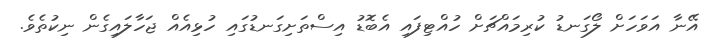
އޭނާ އަވަހަށް ލޯގަނޑު ކުރިމައްޗަށް ހުއްޓިފައި އެބޮޑު އިސްތަށިގަނޑުގައި ހުޅިއެއް ޖަހާލައިގެން ނިކުތެވެ.